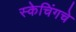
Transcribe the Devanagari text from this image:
स्केचिंगचे